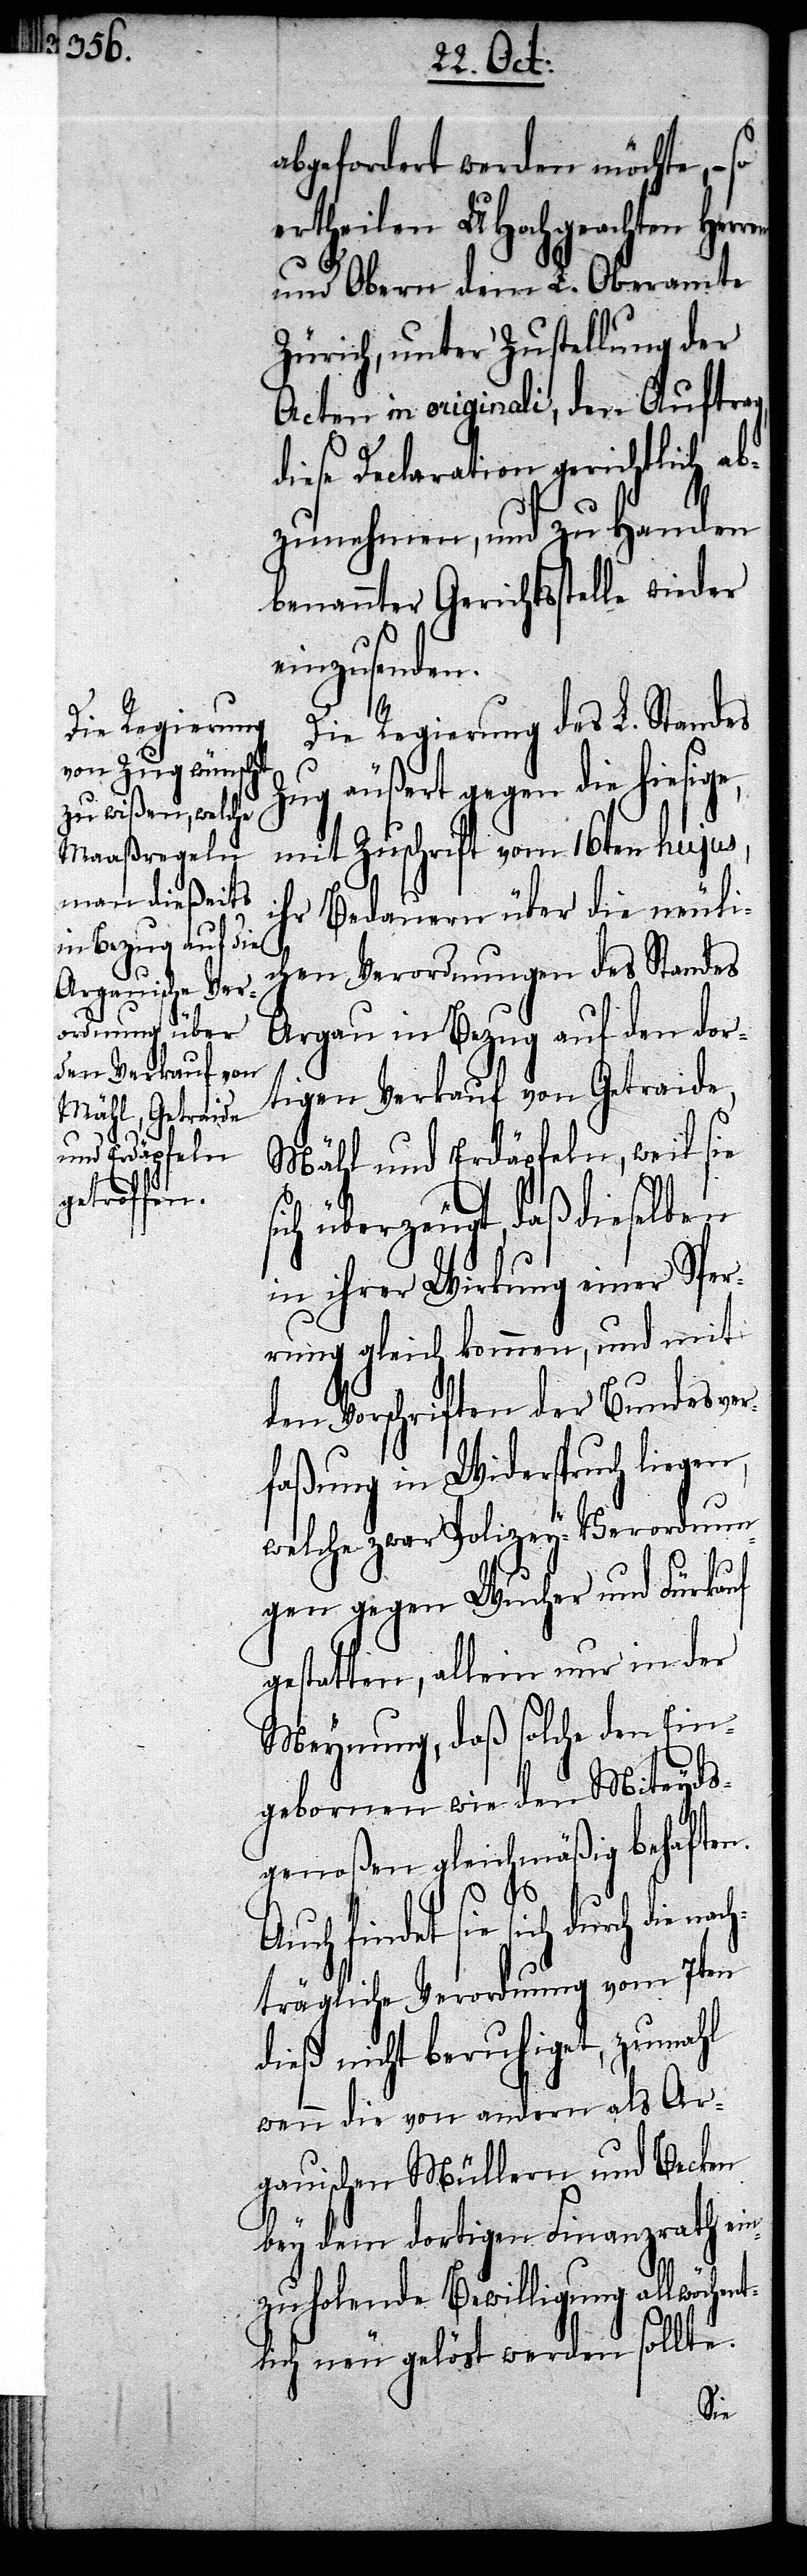
abgefordert werden möchte, –
ertheilen UHochgeachten Her¬
und Obern dem L. Oberamte
Zürich, unter Zustellung der
Acten in originali, den Auftra¬
diese Declaration gerichtlich ab¬
zunehmen, und zu Handen
benannter Gerichtsstelle wieder
einzusenden.
Die Regierung des L. Standes
Zug äußert gegen die hiesige,
mit Zuschrift vom 16ten hujus,
ihr Bedauern über die neuli¬
chen Verordnungen des Standes
Argau in Bezug auf den dor¬
tigen Verkauf von Getraide,
Mähl und Erdäpfeln, weil sie
ich überzeugt, daß dieselben
in ihrer Wirkung einer Sper¬
rung gleich kommen, und mit
den Vorschriften der Bundesver¬
faßung in Widerspruch liegen,
welche zwar Polizey-Verordnun¬
ent¬
gen gegen Wucher und Fürkauf
gestatten, allein nur in der
Meynung, daß solche den Ein¬
gebornen wie den Miteyds¬
genoßen gleichmäßig behaften.
Auch findet sie sich durch
trägliche Verordnung vom 7ten
dieß nicht beruhiget, zumahl
wenn die von andern als Ar¬
gauischen Müllern und Becken
bey dem dortigen Finanzrath ein¬
zuholende Bewilligung allwöch¬
lich neu gelöst werden sollte.
die